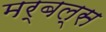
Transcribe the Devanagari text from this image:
मर्बल्स